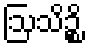
ဩသိဉ္စိ